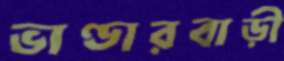
ভাণ্ডারবাড়ী